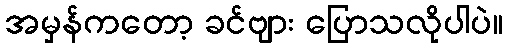
အမှန်ကတော့ ခင်ဗျား ပြောသလိုပါပဲ။